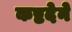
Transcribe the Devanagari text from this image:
कष्टदेने